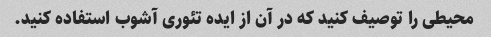
محیطی را توصیف کنید که در آن از ایده تئوری آشوب استفاده کنید.